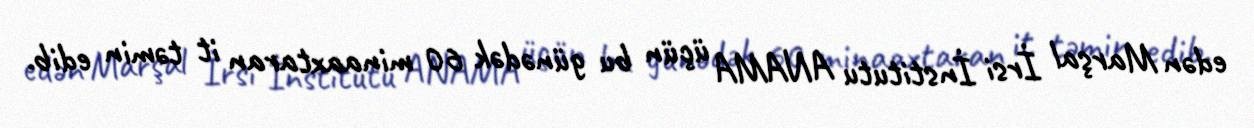
edən Marşal İrsi İnstitutu ANAMA üçün bu günədək 60 minaaxtaran it təmin edib.